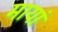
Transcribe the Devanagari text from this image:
मायां